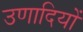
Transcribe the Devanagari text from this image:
उणादियों